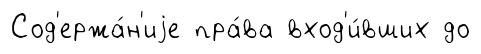
Сод'ержа́н'иjе пра́ва вход'и́вших до